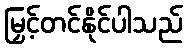
မြှင့်တင်နိုင်ပါသည်